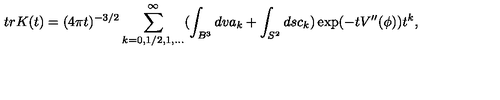
t r K ( t ) = ( 4 \pi t ) ^ { - 3 / 2 } \sum _ { k = 0 , 1 / 2 , 1 , . . . } ^ { \infty } ( \int _ { B ^ { 3 } } d v a _ { k } + \int _ { S ^ { 2 } } d s c _ { k } ) \exp ( - t V ^ { \prime \prime } ( \phi ) ) t ^ { k } ,